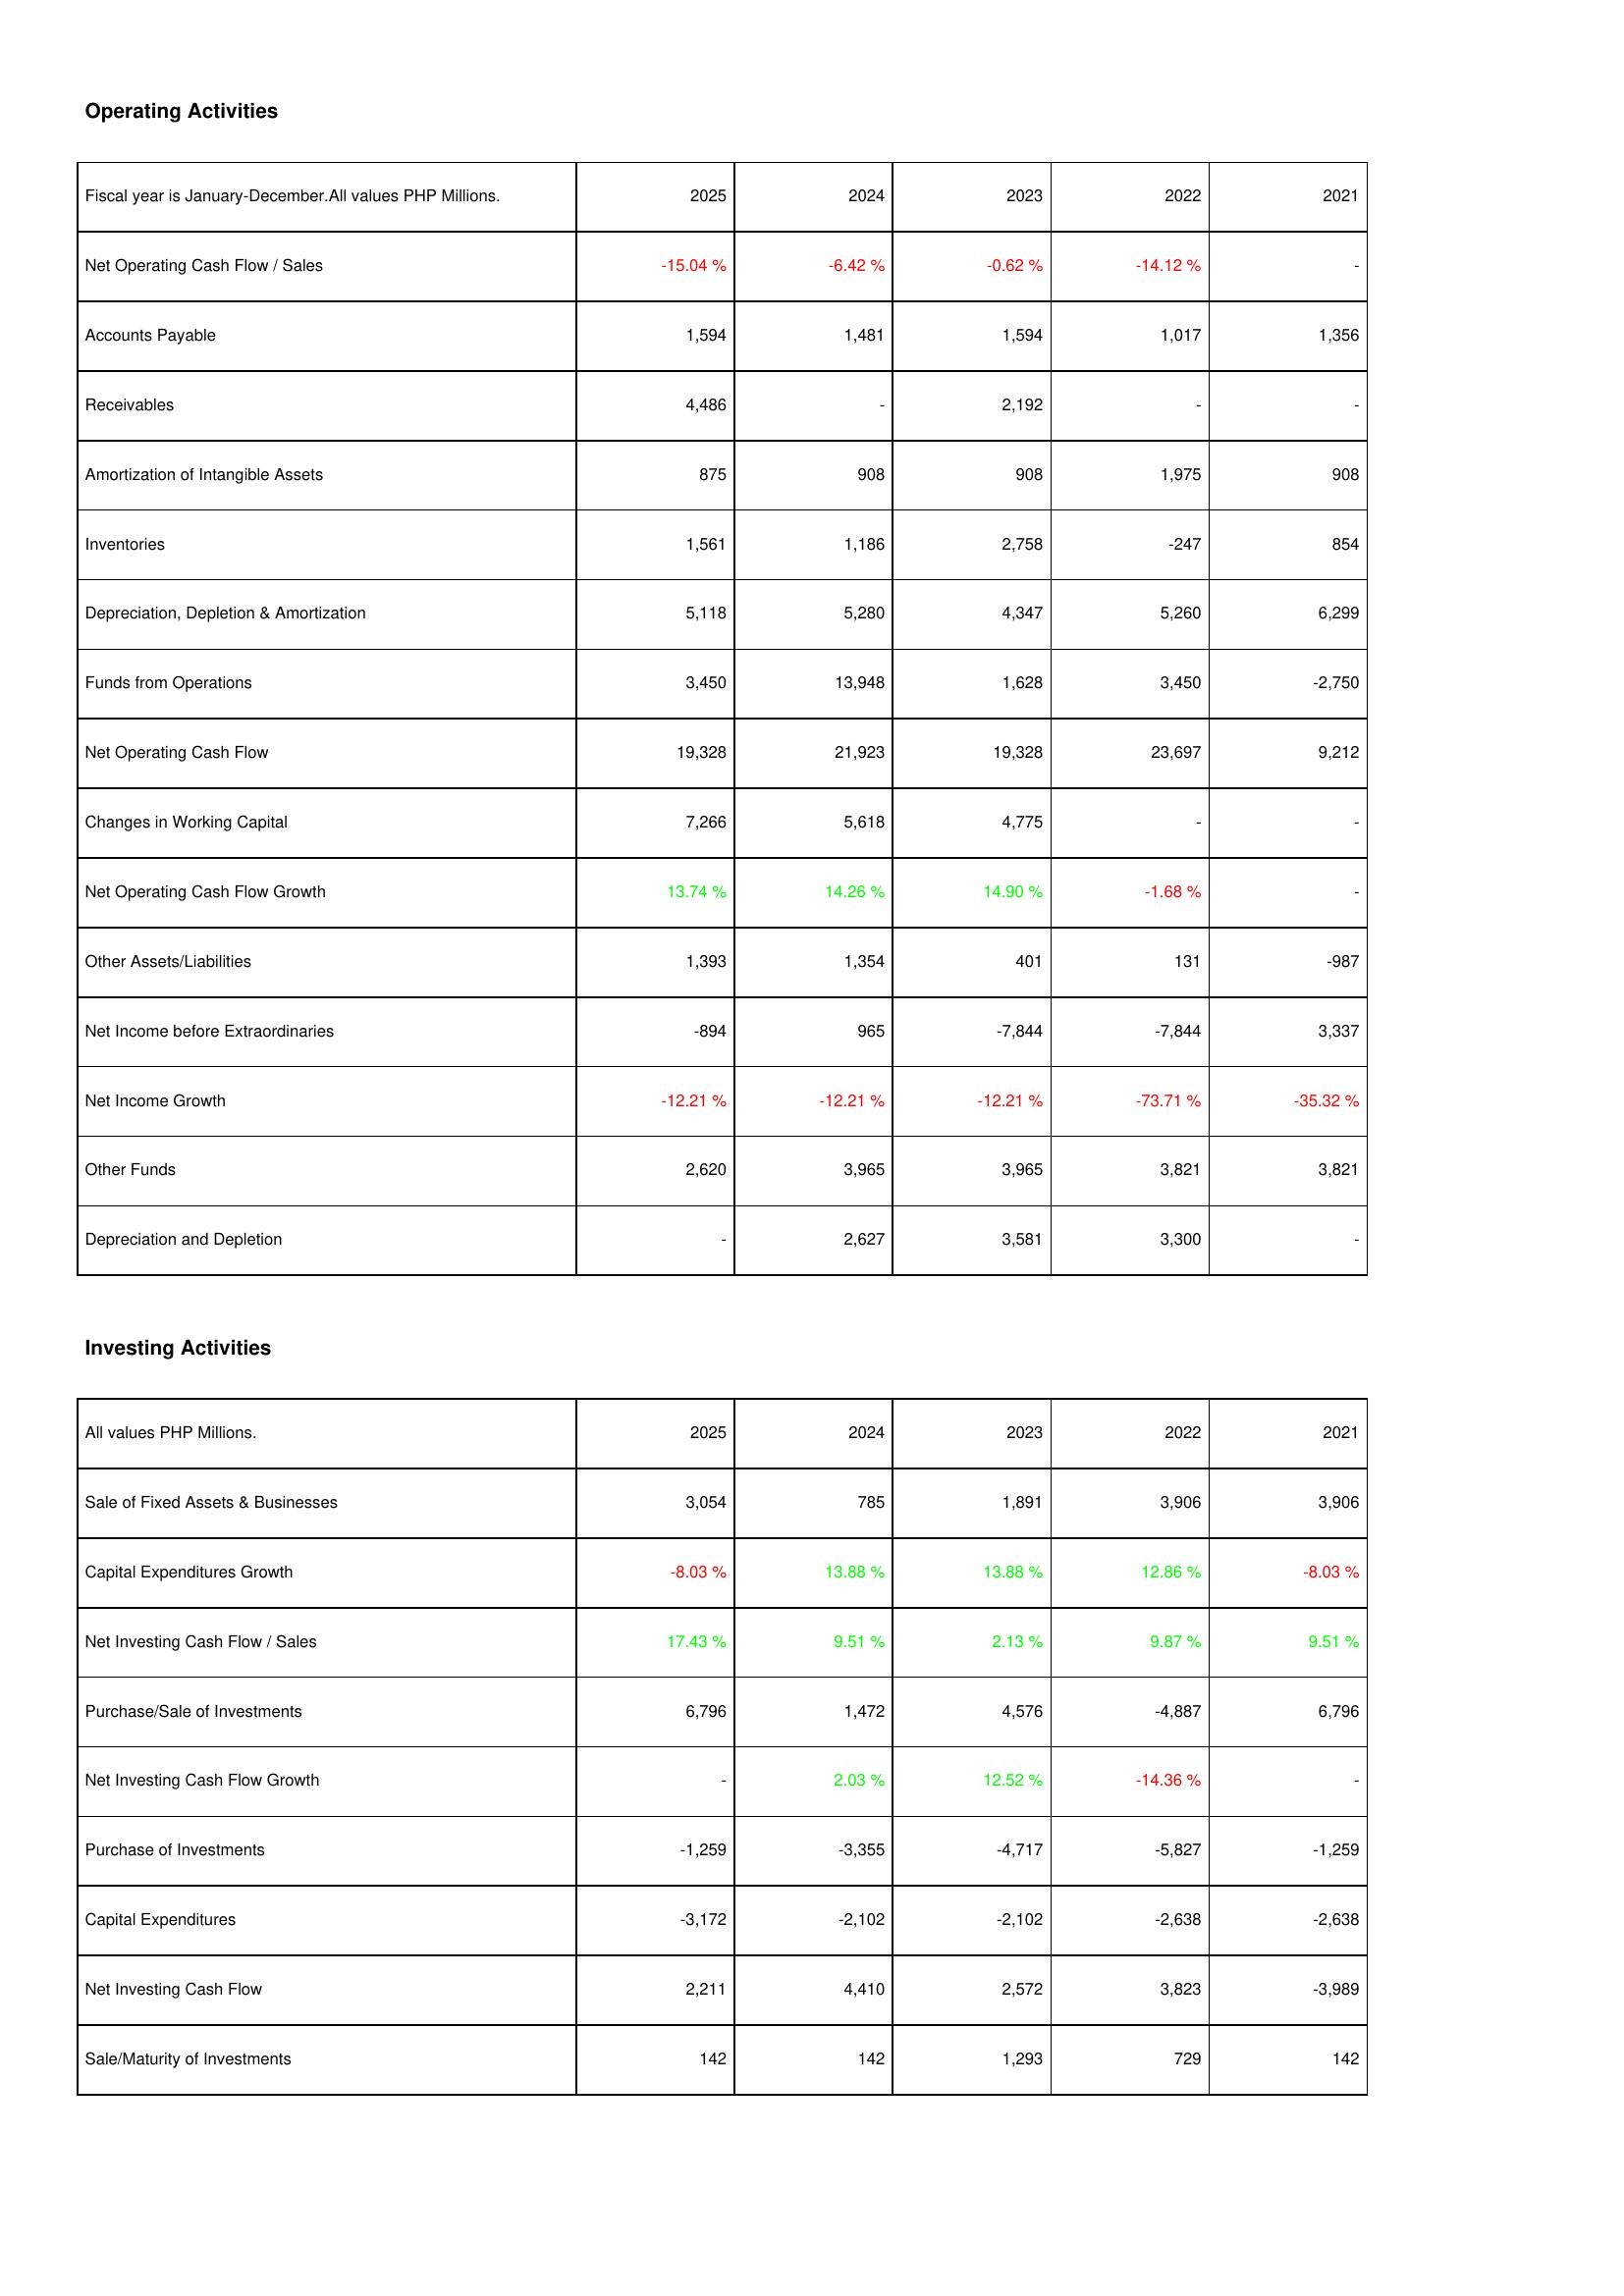
2025: Operating Activities: Net Operating Cash Flow / Sales: -15.04 %
Accounts Payable: 1,594
Receivables: 4,486
Amortization of Intangible Assets: 875
Inventories: 1,561
Depreciation, Depletion & Amortization: 5,118
Funds from Operations: 3,450
Net Operating Cash Flow: 19,328
Changes in Working Capital: 7,266
Net Operating Cash Flow Growth: 13.74 %
Other Assets/Liabilities: 1,393
Net Income before Extraordinaries: -894
Net Income Growth: -12.21 %
Other Funds: 2,620
Depreciation and Depletion: -
Investing Activities: Sale of Fixed Assets & Businesses: 3,054
Capital Expenditures Growth: -8.03 %
Net Investing Cash Flow / Sales: 17.43 %
Purchase/Sale of Investments: 6,796
Net Investing Cash Flow Growth: -
Purchase of Investments: -1,259
Capital Expenditures: -3,172
Net Investing Cash Flow: 2,211
Sale/Maturity of Investments: 142
2024: Operating Activities: Net Operating Cash Flow / Sales: -6.42 %
Accounts Payable: 1,481
Receivables: -
Amortization of Intangible Assets: 908
Inventories: 1,186
Depreciation, Depletion & Amortization: 5,280
Funds from Operations: 13,948
Net Operating Cash Flow: 21,923
Changes in Working Capital: 5,618
Net Operating Cash Flow Growth: 14.26 %
Other Assets/Liabilities: 1,354
Net Income before Extraordinaries: 965
Net Income Growth: -12.21 %
Other Funds: 3,965
Depreciation and Depletion: 2,627
Investing Activities: Sale of Fixed Assets & Businesses: 785
Capital Expenditures Growth: 13.88 %
Net Investing Cash Flow / Sales: 9.51 %
Purchase/Sale of Investments: 1,472
Net Investing Cash Flow Growth: 2.03 %
Purchase of Investments: -3,355
Capital Expenditures: -2,102
Net Investing Cash Flow: 4,410
Sale/Maturity of Investments: 142
2023: Operating Activities: Net Operating Cash Flow / Sales: -0.62 %
Accounts Payable: 1,594
Receivables: 2,192
Amortization of Intangible Assets: 908
Inventories: 2,758
Depreciation, Depletion & Amortization: 4,347
Funds from Operations: 1,628
Net Operating Cash Flow: 19,328
Changes in Working Capital: 4,775
Net Operating Cash Flow Growth: 14.90 %
Other Assets/Liabilities: 401
Net Income before Extraordinaries: -7,844
Net Income Growth: -12.21 %
Other Funds: 3,965
Depreciation and Depletion: 3,581
Investing Activities: Sale of Fixed Assets & Businesses: 1,891
Capital Expenditures Growth: 13.88 %
Net Investing Cash Flow / Sales: 2.13 %
Purchase/Sale of Investments: 4,576
Net Investing Cash Flow Growth: 12.52 %
Purchase of Investments: -4,717
Capital Expenditures: -2,102
Net Investing Cash Flow: 2,572
Sale/Maturity of Investments: 1,293
2022: Operating Activities: Net Operating Cash Flow / Sales: -14.12 %
Accounts Payable: 1,017
Receivables: -
Amortization of Intangible Assets: 1,975
Inventories: -247
Depreciation, Depletion & Amortization: 5,260
Funds from Operations: 3,450
Net Operating Cash Flow: 23,697
Changes in Working Capital: -
Net Operating Cash Flow Growth: -1.68 %
Other Assets/Liabilities: 131
Net Income before Extraordinaries: -7,844
Net Income Growth: -73.71 %
Other Funds: 3,821
Depreciation and Depletion: 3,300
Investing Activities: Sale of Fixed Assets & Businesses: 3,906
Capital Expenditures Growth: 12.86 %
Net Investing Cash Flow / Sales: 9.87 %
Purchase/Sale of Investments: -4,887
Net Investing Cash Flow Growth: -14.36 %
Purchase of Investments: -5,827
Capital Expenditures: -2,638
Net Investing Cash Flow: 3,823
Sale/Maturity of Investments: 729
2021: Operating Activities: Net Operating Cash Flow / Sales: -
Accounts Payable: 1,356
Receivables: -
Amortization of Intangible Assets: 908
Inventories: 854
Depreciation, Depletion & Amortization: 6,299
Funds from Operations: -2,750
Net Operating Cash Flow: 9,212
Changes in Working Capital: -
Net Operating Cash Flow Growth: -
Other Assets/Liabilities: -987
Net Income before Extraordinaries: 3,337
Net Income Growth: -35.32 %
Other Funds: 3,821
Depreciation and Depletion: -
Investing Activities: Sale of Fixed Assets & Businesses: 3,906
Capital Expenditures Growth: -8.03 %
Net Investing Cash Flow / Sales: 9.51 %
Purchase/Sale of Investments: 6,796
Net Investing Cash Flow Growth: -
Purchase of Investments: -1,259
Capital Expenditures: -2,638
Net Investing Cash Flow: -3,989
Sale/Maturity of Investments: 142